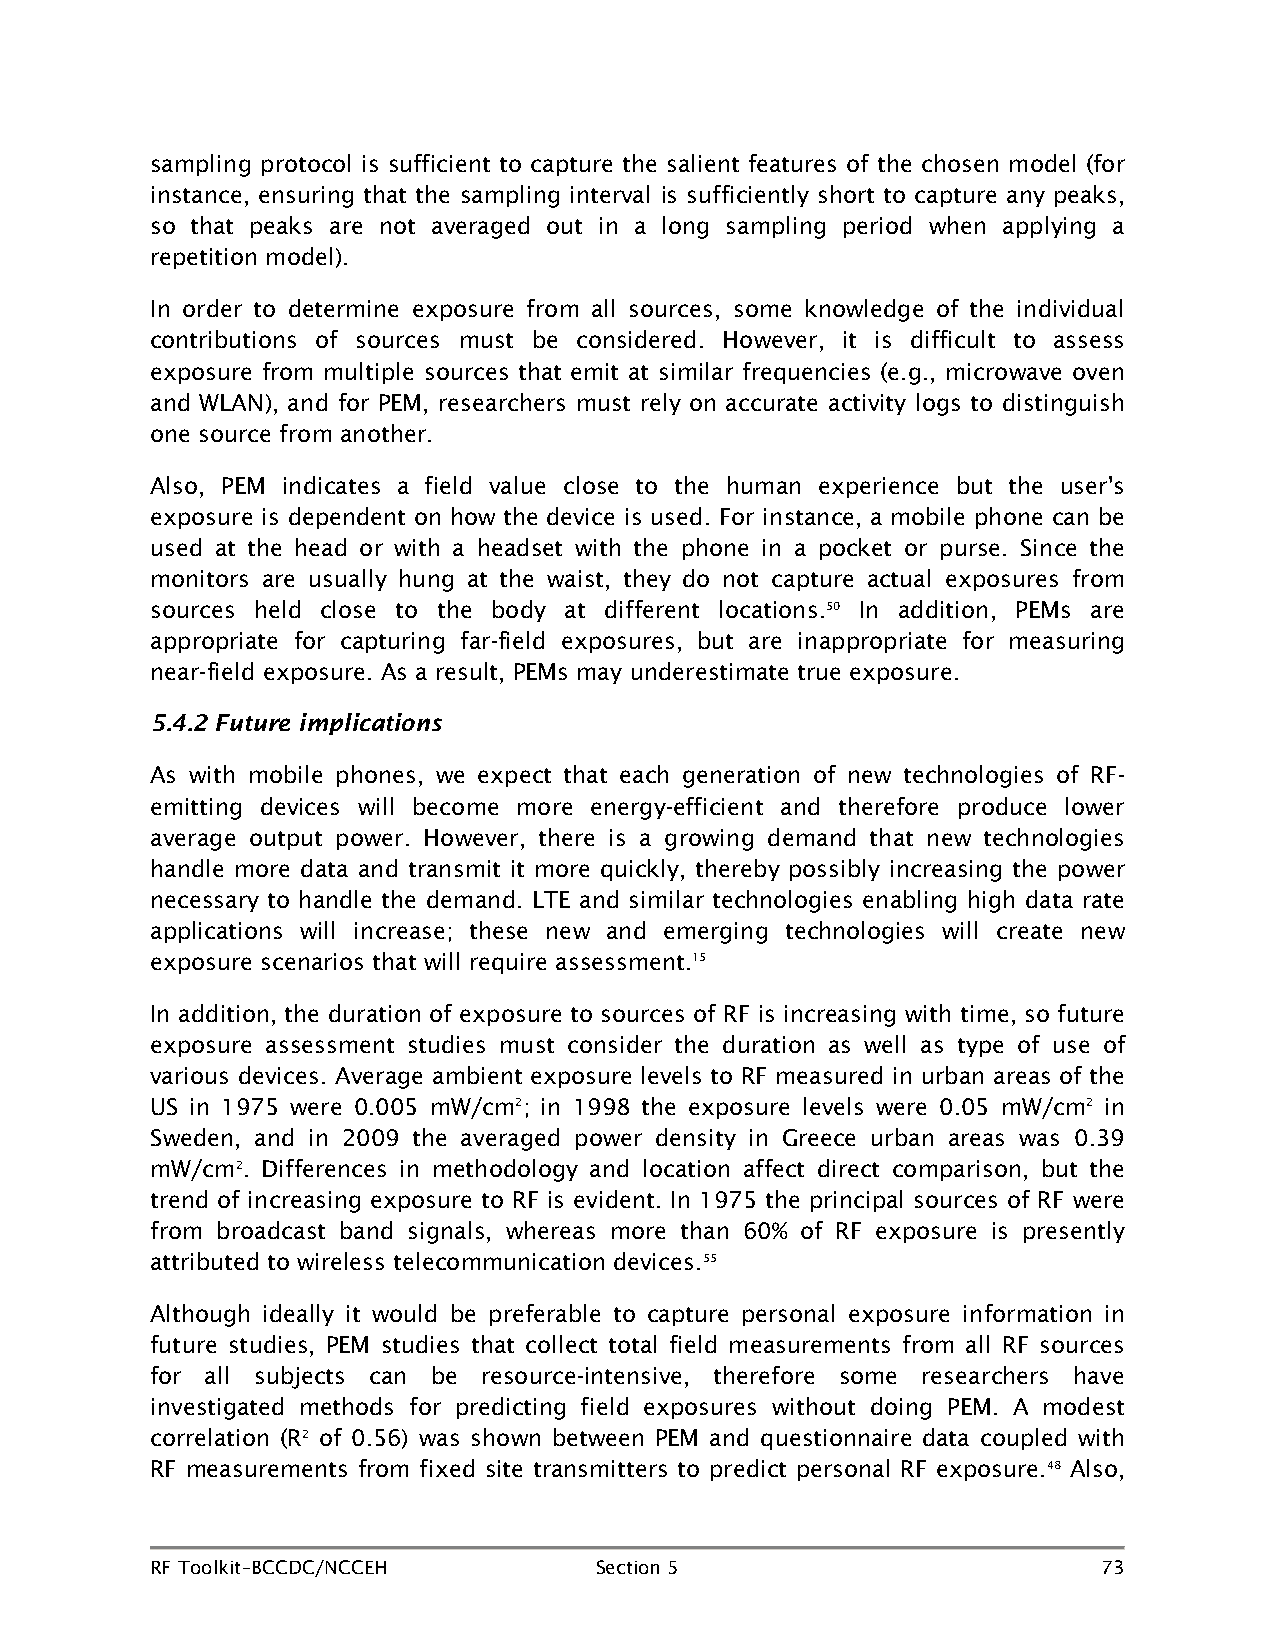
sampling protocol is sufficient to capture the salient features of the chosen model (for
 instance, ensuring that the sampling interval is sufficiently short to capture any peaks,
 so that peaks are not averaged out in a long sampling period when applying a
 repetition model).
 In order to determine exposure from all sources, some knowledge of the individual
 contributions of sources must be considered. However, it is difficult to assess
 exposure from multiple sources that emit at similar frequencies (e.g., microwave oven
 and WLAN), and for PEM, researchers must rely on accurate activity logs to distinguish
 one source from another.
 Also, PEM indicates a field value close to the human experience but the user's
 exposure is dependent on how the device is used. For instance, a mobile phone can be
 used at the head or with a headset with the phone in a pocket or purse. Since the
 monitors are usually hung at the waist, they do not capture actual exposures from
 sources held close to the body at different locations.50 In addition, PEMs are
 appropriate for capturing far-field exposures, but are inappropriate for measuring
 near-field exposure. As a result, PEMs may underestimate true exposure.
 5.4.2 Future implications
 As with mobile phones, we expect that each generation of new technologies of RF-
 emitting devices will become more energy-efficient and therefore produce lower
 average output power. However, there is a growing demand that new technologies
 handle more data and transmit it more quickly, thereby possibly increasing the power
 necessary to handle the demand. LTE and similar technologies enabling high data rate
 applications will increase; these new and emerging technologies will create new
 exposure scenarios that will require assessment.15
 In addition, the duration of exposure to sources of RF is increasing with time, so future
 exposure assessment studies must consider the duration as well as type of use of
 various devices. Average ambient exposure levels to RF measured in urban areas of the
 US in 1975 were 0.005 mW/cm2; in 1998 the exposure levels were 0.05 mW/cm2 in
 Sweden, and in 2009 the averaged power density in Greece urban areas was 0.39
 mW/cm2. Differences in methodology and location affect direct comparison, but the
 trend of increasing exposure to RF is evident. In 1975 the principal sources of RF were
 from broadcast band signals, whereas more than 60% of RF exposure is presently
 attributed to wireless telecommunication devices.55
 Although ideally it would be preferable to capture personal exposure information in
 future studies, PEM studies that collect total field measurements from all RF sources
 for all subjects can be resource-intensive, therefore some researchers have
 investigated methods for predicting field exposures without doing PEM. A modest
 correlation (R2 of 0.56) was shown between PEM and questionnaire data coupled with
 RF measurements from fixed site transmitters to predict personal RF exposure.48 Also,
 RF Toolkit–BCCDC/NCCEH       Section 5                         73